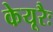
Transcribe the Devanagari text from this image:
केयूरैः